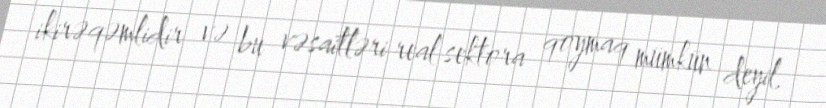
ikirəqəmlidir və bu vəsaitləri real sektora qoymaq mümkün deyil.